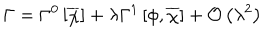
\Gamma = \Gamma ^ { 0 } \left[ \overline { { { \chi } } } \right] + \lambda \Gamma ^ { 1 } \left[ \phi , \overline { { { \chi } } } \right] + { \mathcal O } \left( \lambda ^ { 2 } \right)